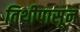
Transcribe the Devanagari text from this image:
तिथीपासून